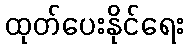
ထုတ်ပေးနိုင်ရေး